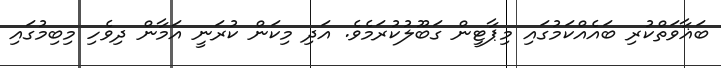
ބަޣާވަތްކުރި ބައެއްކަމުގައި މިޕާޓީން ގަބޫލުކުރަމެވެ. އަދި މިކަން ކުރަނީ އަމާން ދިވެހި މިބިމުގައި